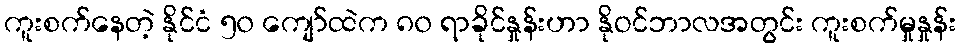
ကူးစက်နေတဲ့ နိုင်ငံ ၅၀ ကျော်ထဲက ၈၀ ရာခိုင်နှုန်းဟာ နိုဝင်ဘာလအတွင်း ကူးစက်မှုနှုန်း